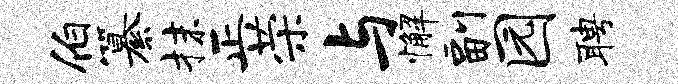
伯纂抹正荣与懈副园聘